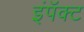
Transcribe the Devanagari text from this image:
इंपॅक्ट